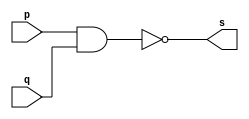
// ---------
// Exemplo0006 - NAND
// Nome:Rafael Lopes Barbosa
// -----------------
// -----------------
// -- NAND gate
module nandgate(output s, input p, input q);
assign s = ~(p&q);
endmodule // nandgate
// ------------
// -- test NAND gate
// ------------
module testenandgate;
// ----------------------- dados locais
reg a,b; //definir registrador
			//(variavel independente)
wire s;  //definir conexao(fio)
			//(variavel dependente)
// --------------- instancia
nandgate NAND1 (s,a,b);
// --------------- preparacao
initial begin: start
a=0;
b=0;
end
// -------------- parte principal
initial begin
$display("Exemplo0006 - Rafael Lopes Barbosa - 435052");
$display("Test AND gate");
$display("\n ~(a&b) = s\n");
a=0; b=0;
#1 $display("%b ~& %b = %b",a,b,s);
a=0; b=1;
#1 $display("%b ~& %b = %b",a,b,s);
a=1; b=0;
#1 $display("%b ~& %b = %b",a,b,s);
a=1; b=1;
#1 $display("%b ~& %b = %b",a,b,s); 			
end
endmodule // testnandgate